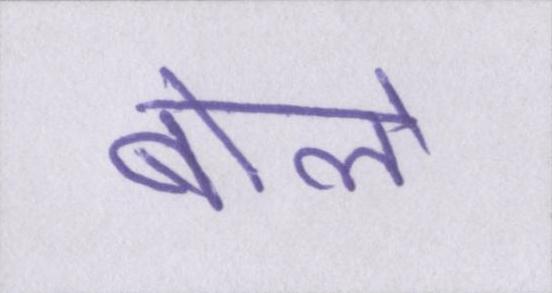
बोले